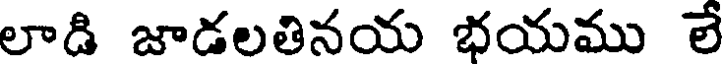
లాడి జాడలతినయ భయము లే